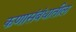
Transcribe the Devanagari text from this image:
कणासंबंधातील